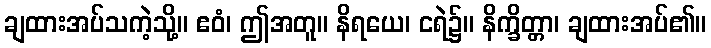
ချထားအပ်သကဲ့သို့။ ဧဝံ၊ ဤအတူ။ နိရယေ၊ ငရဲ၌။ နိက္ခိတ္တာ၊ ချထားအပ်၏။